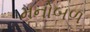
મનોબળ